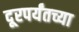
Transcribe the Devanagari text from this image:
दूरपर्यंतच्या